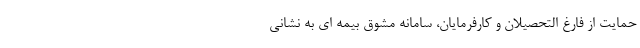
حمایت از فارغ التحصیلان و کارفرمایان، سامانه مشوق بیمه ای به نشانی